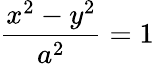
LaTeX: {\frac{x^{2}-y^{2}}{a^{2}}}=1